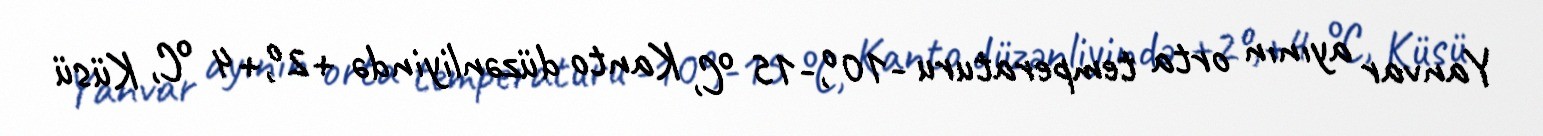
Yanvar ayının orta temperaturu -10º,-15 °C, Kanto düzənliyində +2º,+4 °C, Küsü